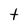
Character: t